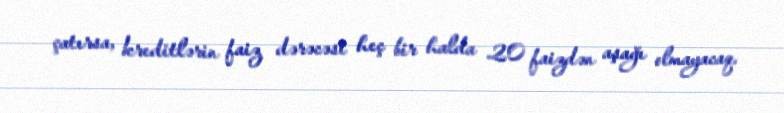
çatırsa, kreditlərin faiz dərəcəsi heç bir halda 20 faizdən aşağı olmayacaq.